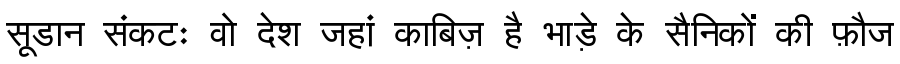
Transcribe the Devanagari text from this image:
सूडान संकटः वो देश जहां काबिज़ है भाड़े के सैनिकों की फ़ौज